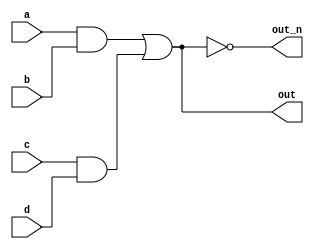
`default_nettype none
module top_module(
    input a,
    input b,
    input c,
    input d,
    output out,
    output out_n   ); 
    
    wire two_wire1;
    wire two_wire2;
    
    
    assign two_wire1 = a & b;
    assign two_wire2 = c & d;
    
    assign out = two_wire1 | two_wire2;
    
    assign out_n = ~out;

endmodule